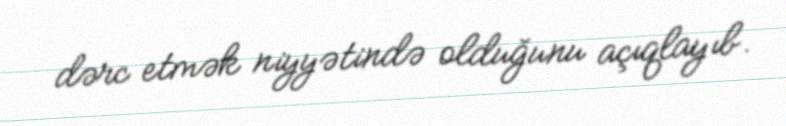
dərc etmək niyyətində olduğunu açıqlayıb.